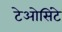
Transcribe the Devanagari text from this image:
टेओसिंटे